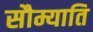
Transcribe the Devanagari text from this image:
सौम्याति